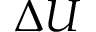
\Delta U